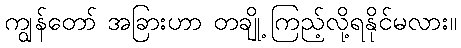
ကျွန်တော် အခြားဟာ တချို့ ကြည့်လို့ရနိုင်မလား။